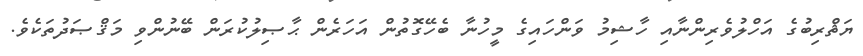
ޔަޘްރިބުގެ އަހްލުވެރިންނާއި ހާޝިމު ވަންހައިގެ މީހުނާ ބެހޭގޮތުން އަހަރެން ޙާޞިލުކުރަން ބޭނުންވި މަޤްޞަދުތަކެވެ.